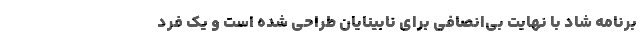
برنامه شاد با نهایت بی‌انصافی برای نابینایان طراحی شده است و یک فرد